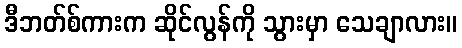
ဒီဘတ်စ်ကားက ဆိုင်လွန်ကို သွားမှာ သေချာလား။